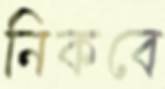
নিকবে